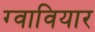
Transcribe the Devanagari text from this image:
ग्वावियार